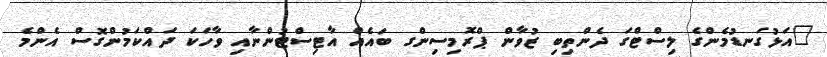
"އަޅުގަނޑުމެންގެ ލިސްޓްގަ ދެންތިބި ޒުވާން ޕްރޮމިސިންގ ބައެއް އާޓިސްޓުންނާއި ވާހަކަ ދައްކަމުންގޮސް އެންމެ